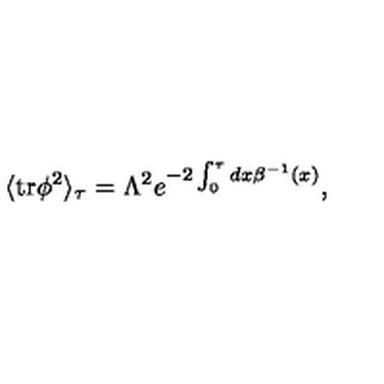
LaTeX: \langle \mathrm { t r } \phi ^ { 2 } \rangle _ { \tau } = \Lambda ^ { 2 } e ^ { - 2 \int _ { 0 } ^ { \tau } { d x \beta ^ { - 1 } ( x ) } } ,